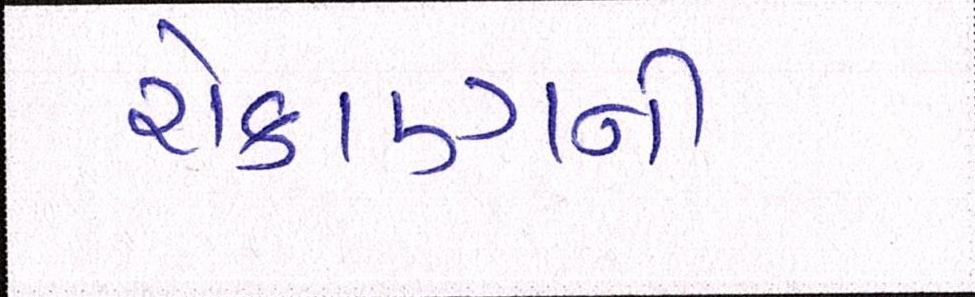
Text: રોકાણની